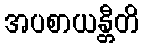
အပစာယန္တီတိ